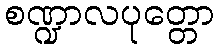
စဏ္ဍာလပုတ္တော